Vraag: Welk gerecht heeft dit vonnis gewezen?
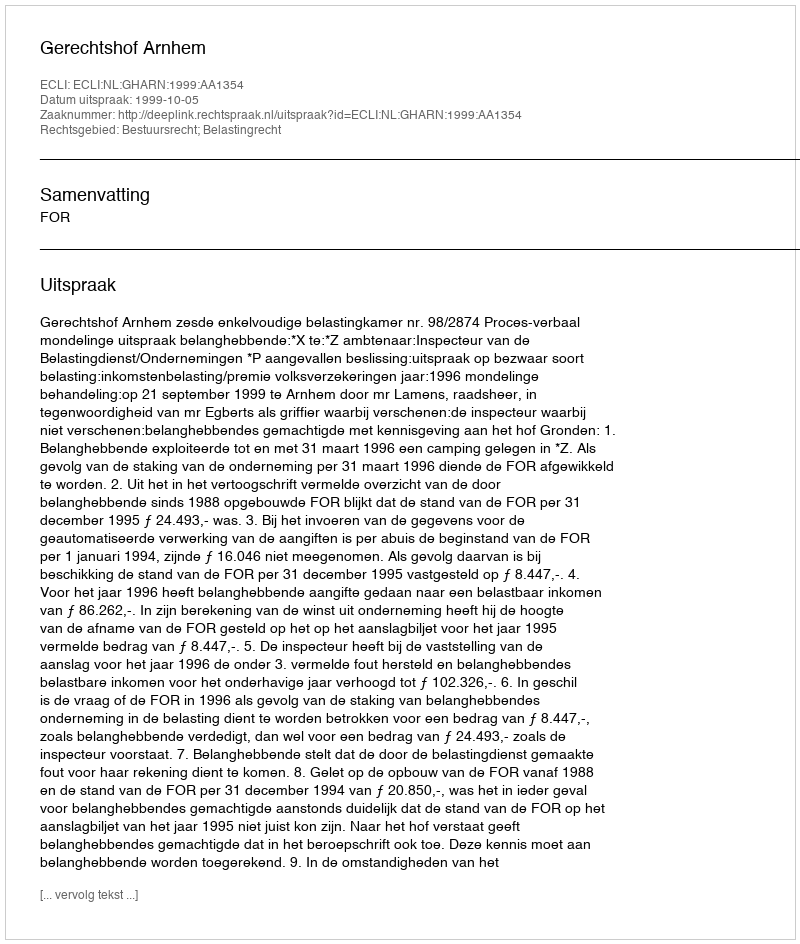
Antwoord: Gerechtshof Arnhem